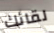
لقائك